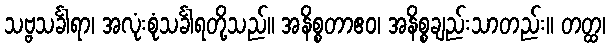
သဗ္ဗသင်္ခါရာ၊ အလုံးစုံသင်္ခါရတို့သည်။ အနိစ္စတာဧဝ၊ အနိစ္စချည်းသာတည်း။ တတ္ထ၊